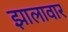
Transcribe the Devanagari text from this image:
झालावार